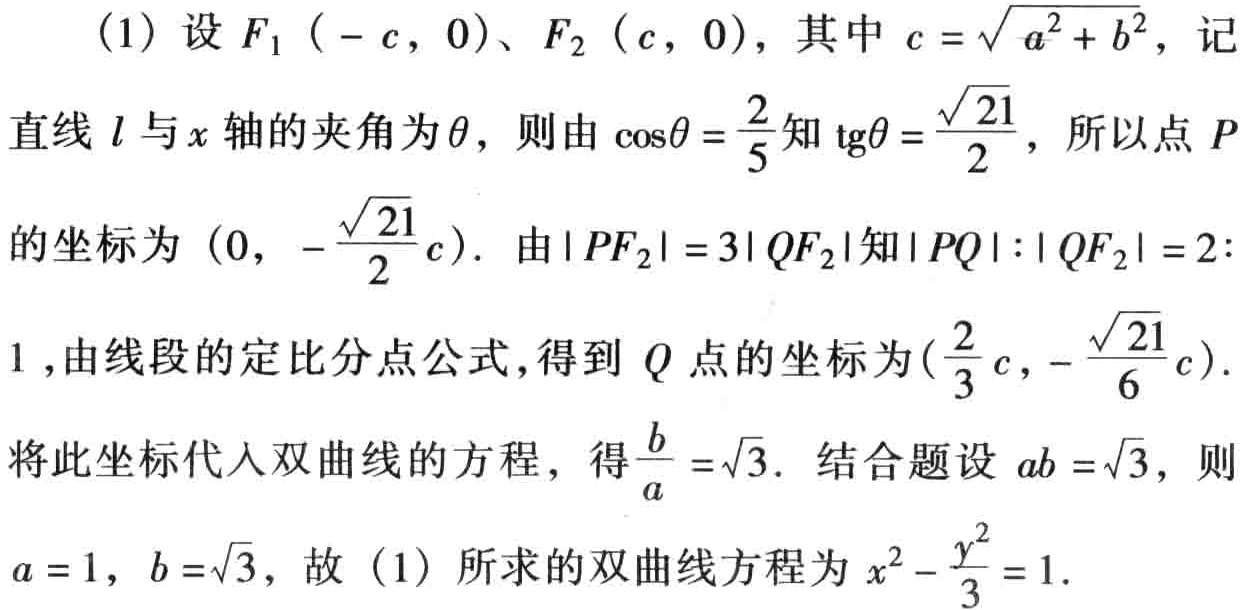
(1) 设 \(F_1(-c,0)\)、\(F_2(c,0)\)，其中 \(c = \sqrt{a^{2}+b^{2}}\)，记直线 \(l\) 与 \(x\) 轴的夹角为 \(\theta\)，则由 \(\cos\theta=\frac{2}{5}\) 知 \(\text{tg}\theta=\frac{\sqrt{21}}{2}\)，所以点 \(P\) 的坐标为 \((0,-\frac{\sqrt{21}}{2}c)\)。由 \(|PF_2| = 3|QF_2|\) 知 \(|PQ|:|QF_2| = 2:1\)，由线段的定比分点公式，得到 \(Q\) 点的坐标为 \((\frac{2}{3}c,-\frac{\sqrt{21}}{6}c)\)。将此坐标代入双曲线的方程，得 \(\frac{b}{a}=\sqrt{3}\)。结合题设 \(ab = \sqrt{3}\)，则 \(a = 1\)，\(b=\sqrt{3}\)，故 (1) 所求的双曲线方程为 \(x^{2}-\frac{y^{2}}{3}=1\)。